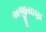
અજીયાણા